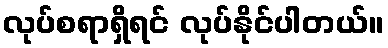
လုပ်စရာရှိရင် လုပ်နိုင်ပါတယ်။